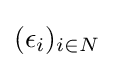
(\epsilon _{i})_{i\in N}